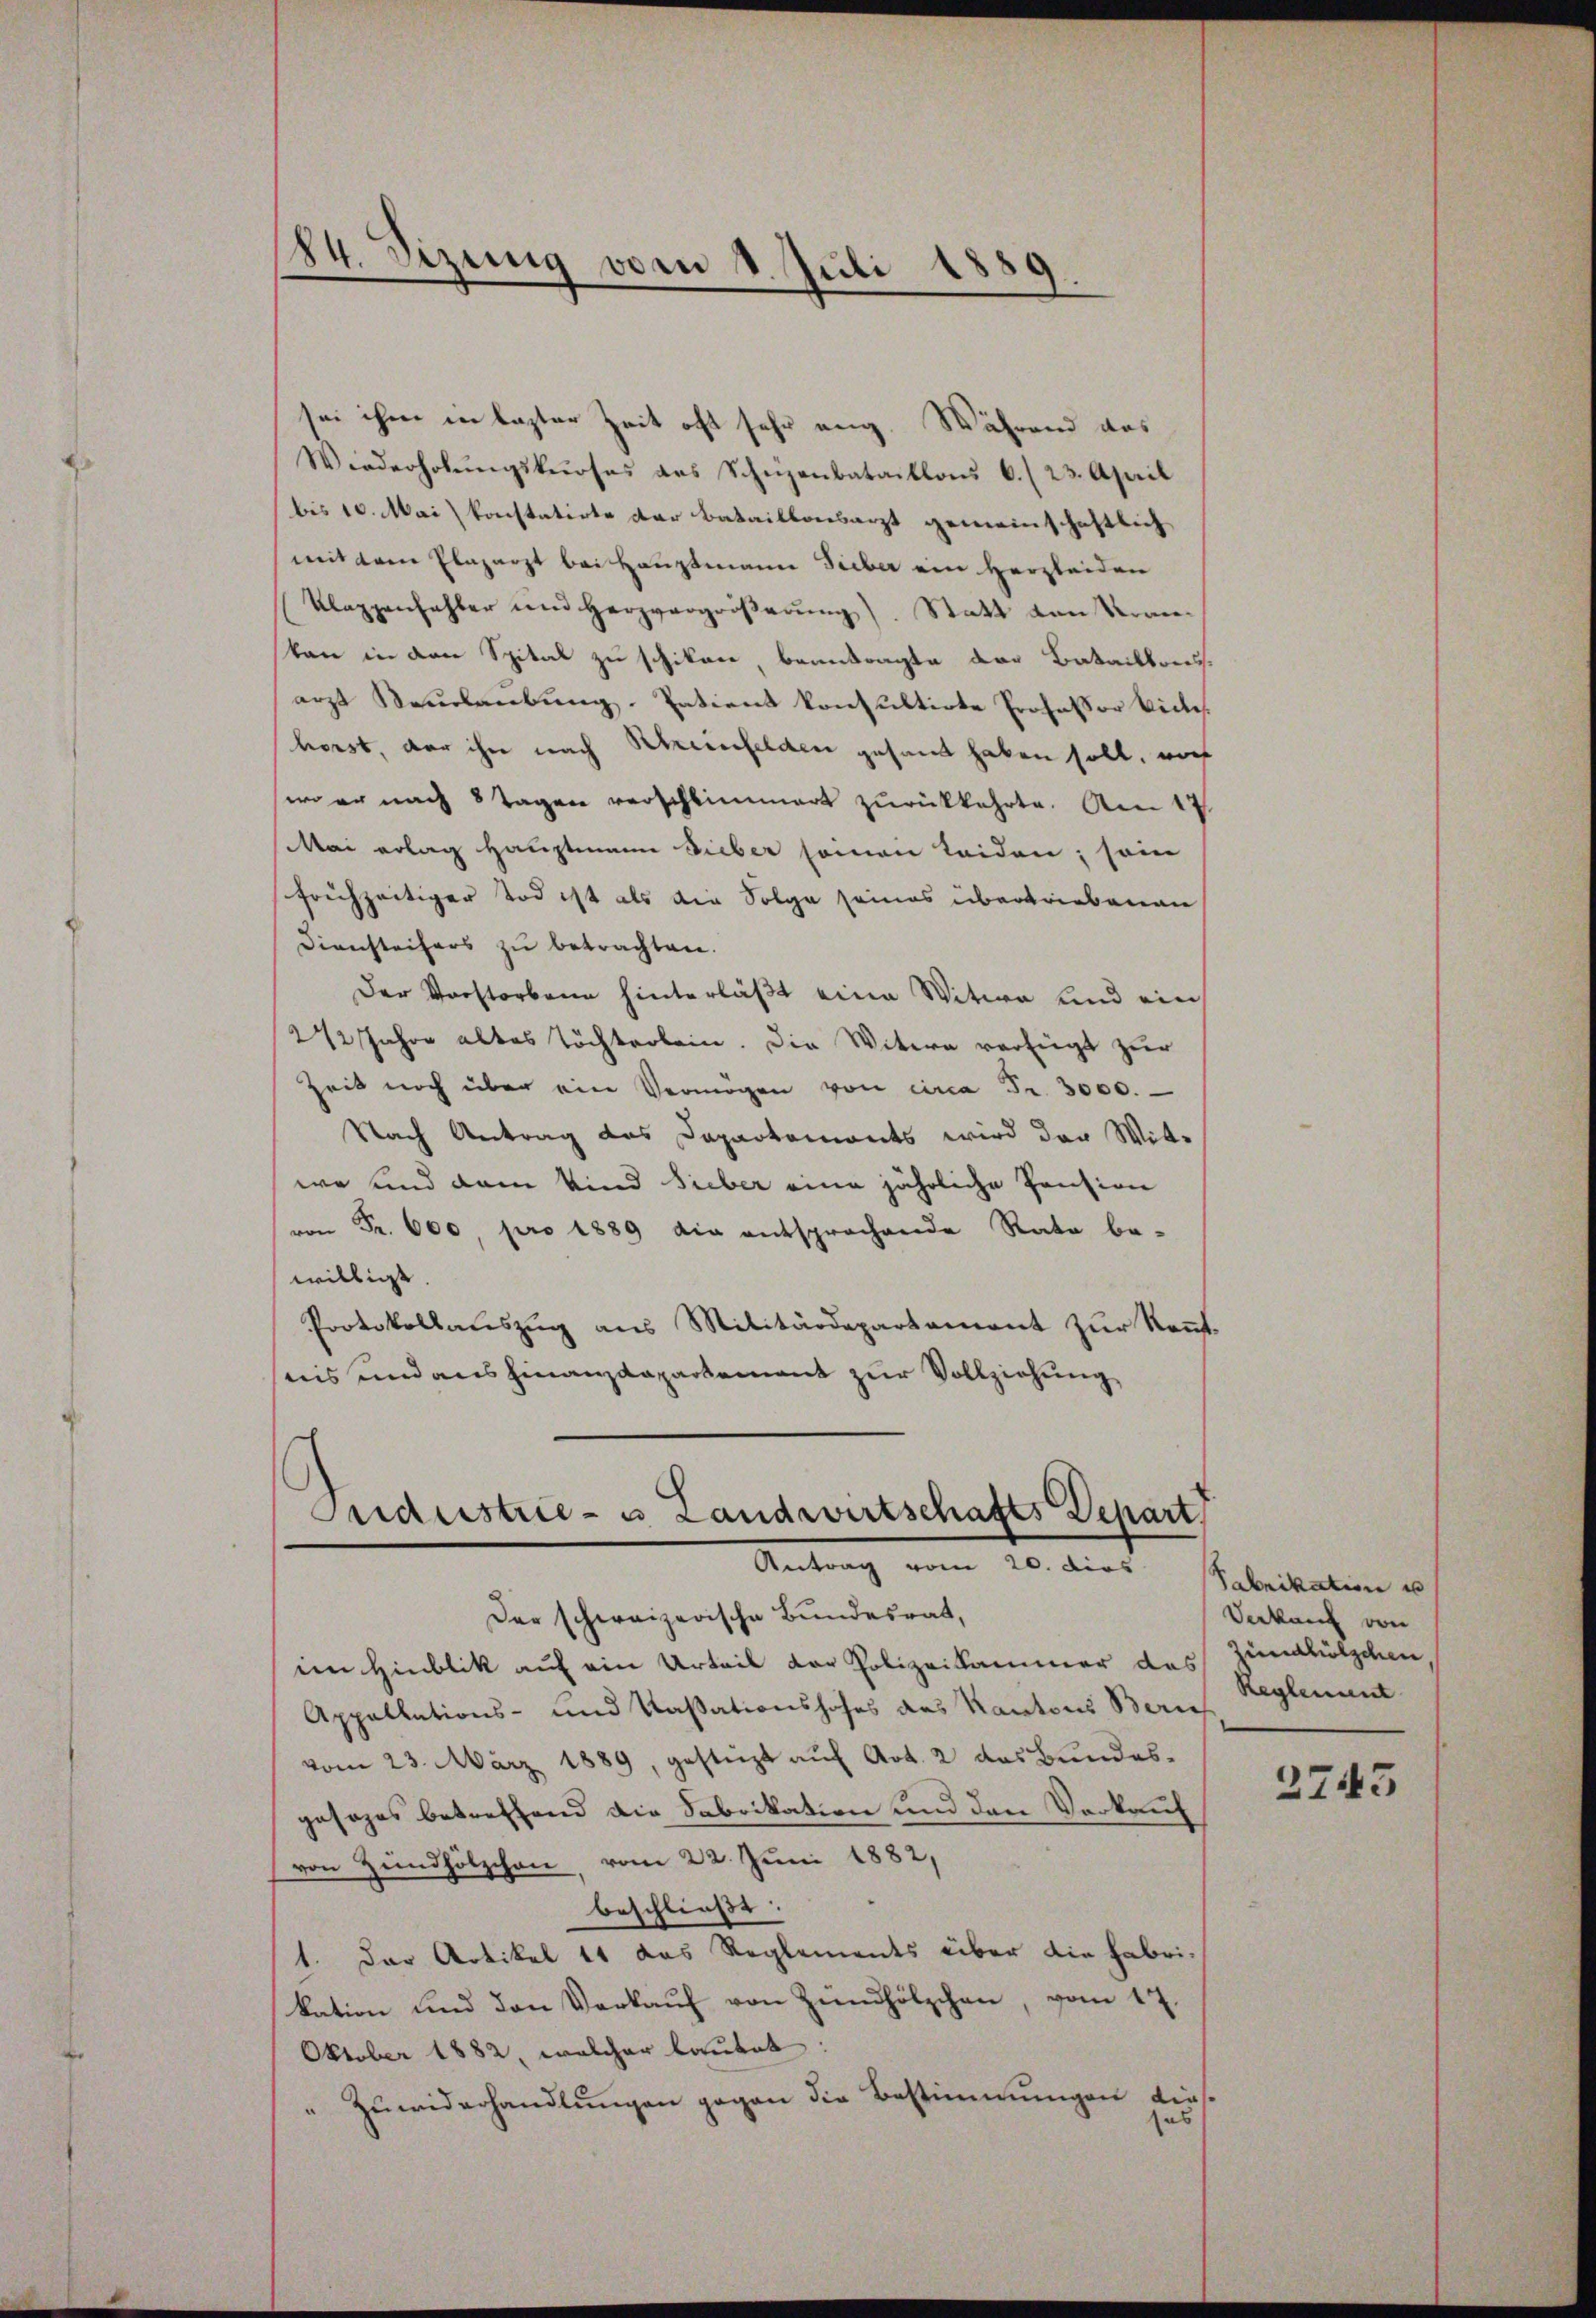
84. Sizung von 18. Juli 1889.

sei ihm in lezter Zeit oft sehr eng. Während das
Wiederholungskurses das Schüzenbataillons 6./23. April
bis 10. Mai konstatirte der Bataillonsarzt gemeinschaftlich
mit dem Elazarzt bei Hauptmann Sieber ein Herzleiden
Klappenhahler und Herzvergrößerung). Statt den Verankan in den Spital zu schikane, beantragte der Batailberesarzt Neurlaubung. Patient konsultirte Professor Bickes.
horst, der ihn nach Rheinfelden gesamt haben soll, noch
wo er nach 8 Tagen verschlimmert zurückkehrte. Am 17.
Mai erlag Hauptmann Sieber seinen leiden; sein
frechzeitiger Tod ist als die Folge seines übertriebenen
Diensteifers zu betrachten.
Der Vorstorbene hinterläßt eine Witwe und ein
212 Jahre altes Töchterlein. Die Witwe verfügt zur
Zeit noch über ein Vermögen von eina Fr. 3000.
Nach Antrag des Dapartements wird der Witwo und dem Vind sieber eine jährliche Pension
 Fr. 600 pro 1889 die entsprochende Rata be-
willigt.
Protokollauszug aus Militärdepartement zur Kenntnis und aus hinanzdepartement zur Vollziehung

Sudustrie- u Landwirtschafts Depart,
Antrag vom 10. dies Fabrikation u

Der schweizerische Bundesrat,
im Hinblik auf ein Urteil der Polizeikammer des Zündhölzchen
Appellations- und Kassationshofes des Kantons Zürich
vom 23. März 1889, gestützt auf Art. 2 das Bundesgesages betreffend die Fabrikation und den Verkauf
von Hündhölzchen, vom 22. Juni 1882,
beschließt:
1. Der Artikel 11 das Reglements über die Fabrikation und den Verkaŭf von Zündhölzchen, vom 17.
Oktober 1882, welcher lautet:
"Zuwiderhandlungen gegen die Bestimmungen diesses

Verkann von
Reglement

2743